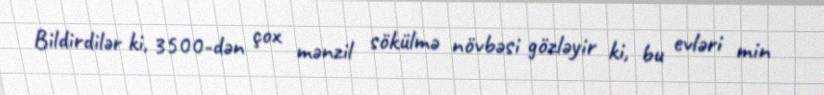
Bildirdilər ki, 3500-dən çox mənzil sökülmə növbəsi gözləyir ki, bu evləri min